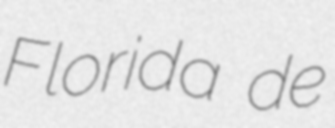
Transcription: Florida de